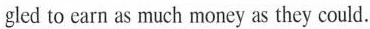
gled to earn as much money as they could.